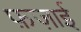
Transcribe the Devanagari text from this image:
फ़ज़ाई